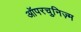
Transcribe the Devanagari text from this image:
ऑपरचुनिज़्म